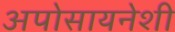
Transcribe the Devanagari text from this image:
अपोसायनेशी